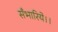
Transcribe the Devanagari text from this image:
सँभारिये।।